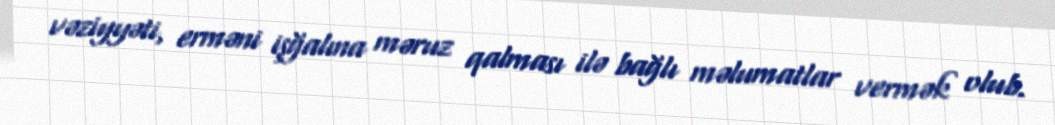
vəziyyəti, erməni işğalına məruz qalması ilə bağlı məlumatlar vermək olub.